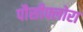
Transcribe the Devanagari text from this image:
पौसीफ्लोरा